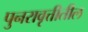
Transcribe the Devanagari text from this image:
पुनरावृत्तीतील